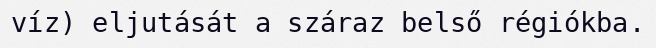
víz) eljutását a száraz belső régiókba.